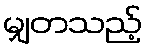
မျှတသည့်